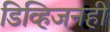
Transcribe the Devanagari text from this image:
डिव्हिजनही